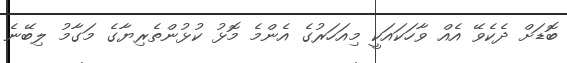
ބޮޑަށް ދެކެވޭ އެއް ވާހަކައަކީ މިއަހަރުގެ އެންމެ މޮޅު ކުޅުންތެރިޔާގެ މަގާމު ލިބޭނެ